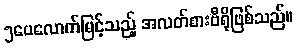
၅ပေလောက်မြင့်သည့် အလတ်စားဗီရိုဖြစ်သည်။